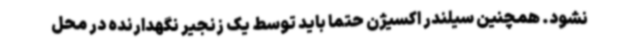
نشود. همچنین سیلندر اکسیژن حتماً باید توسط یک زنجیر نگهدارنده در محل